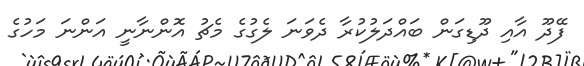
ފޭދޫ އާއި ދޫޑިގަން ބައްދަލުކުރާ ދެވަނަ ލެގުގެ މެޗު އޮންނާނީ އަންނަ މަހުގެ